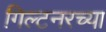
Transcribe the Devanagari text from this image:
गिल्टनरच्या